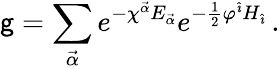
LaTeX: \mathsf{g}=\sum_{\vec{{\alpha}}}e^{-\chi^{\vec{{\alpha}}}E_{\vec{{\alpha}}}}e^{-\frac{{1}}{{2}}\varphi^{\hat{{\imath}}}H_{\hat{{\imath}}}}\, .